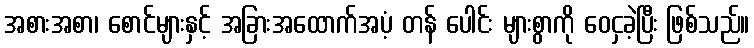
အစားအစာ၊ စောင်များနှင့် အခြားအထောက်အပံ့ တန် ပေါင်း များစွာကို ဝေငှခဲ့ပြီး ဖြစ်သည်။